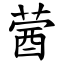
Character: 蒏